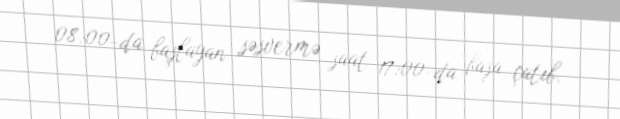
08:00-da başlayan səsvermə saat 17:00-da başa çatıb.